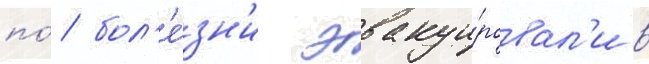
по́ бол'е́зн'и эвакуи́ровал'и в